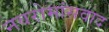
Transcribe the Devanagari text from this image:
नवरोमांसवाद